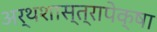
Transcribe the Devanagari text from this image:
अर्थशास्त्रापेक्षा